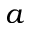
a